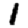
Digit: 1